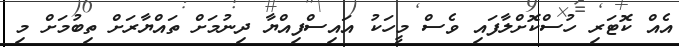
އެއް ކޮޓަރި ހުސްކޮށްލާފައި ވެސް މީހަކު އައިސްފިއްޔާ ދިނުމަށް ތައްޔާރަށް ތިބުމަށް މި